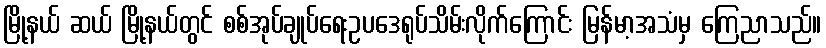
မြို့နယ် ဆယ် မြို့နယ်တွင် စစ်အုပ်ချုပ်ရေးဥပဒေရုပ်သိမ်းလိုက်ကြောင်း မြန်မာ့အသံမှ ကြေညာသည်။